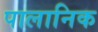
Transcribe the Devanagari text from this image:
पालानिक